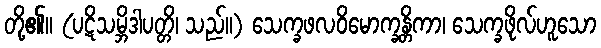
တို့၏။ (ပဋိသမ္ဘိဒါပတ္တိ၊ သည်။) သေက္ခဖလဝိမောက္ခန္တိကာ၊ သေက္ခဖိုလ်ဟူသော